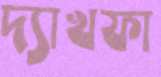
দ্যাখফা